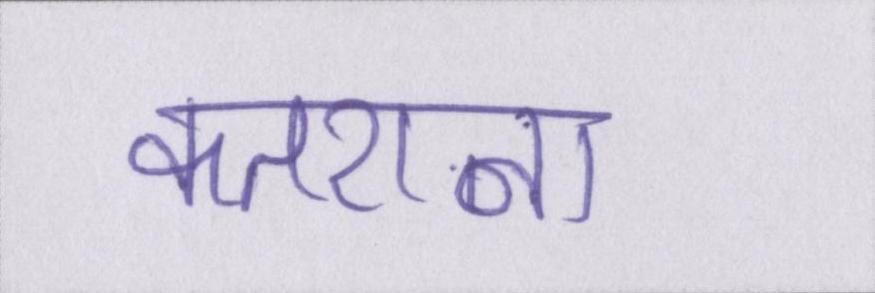
कतराना